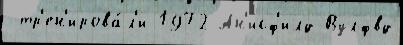
 тр'ен'ирова́л'и 1972 Ан'исф'илд-Вулфвд